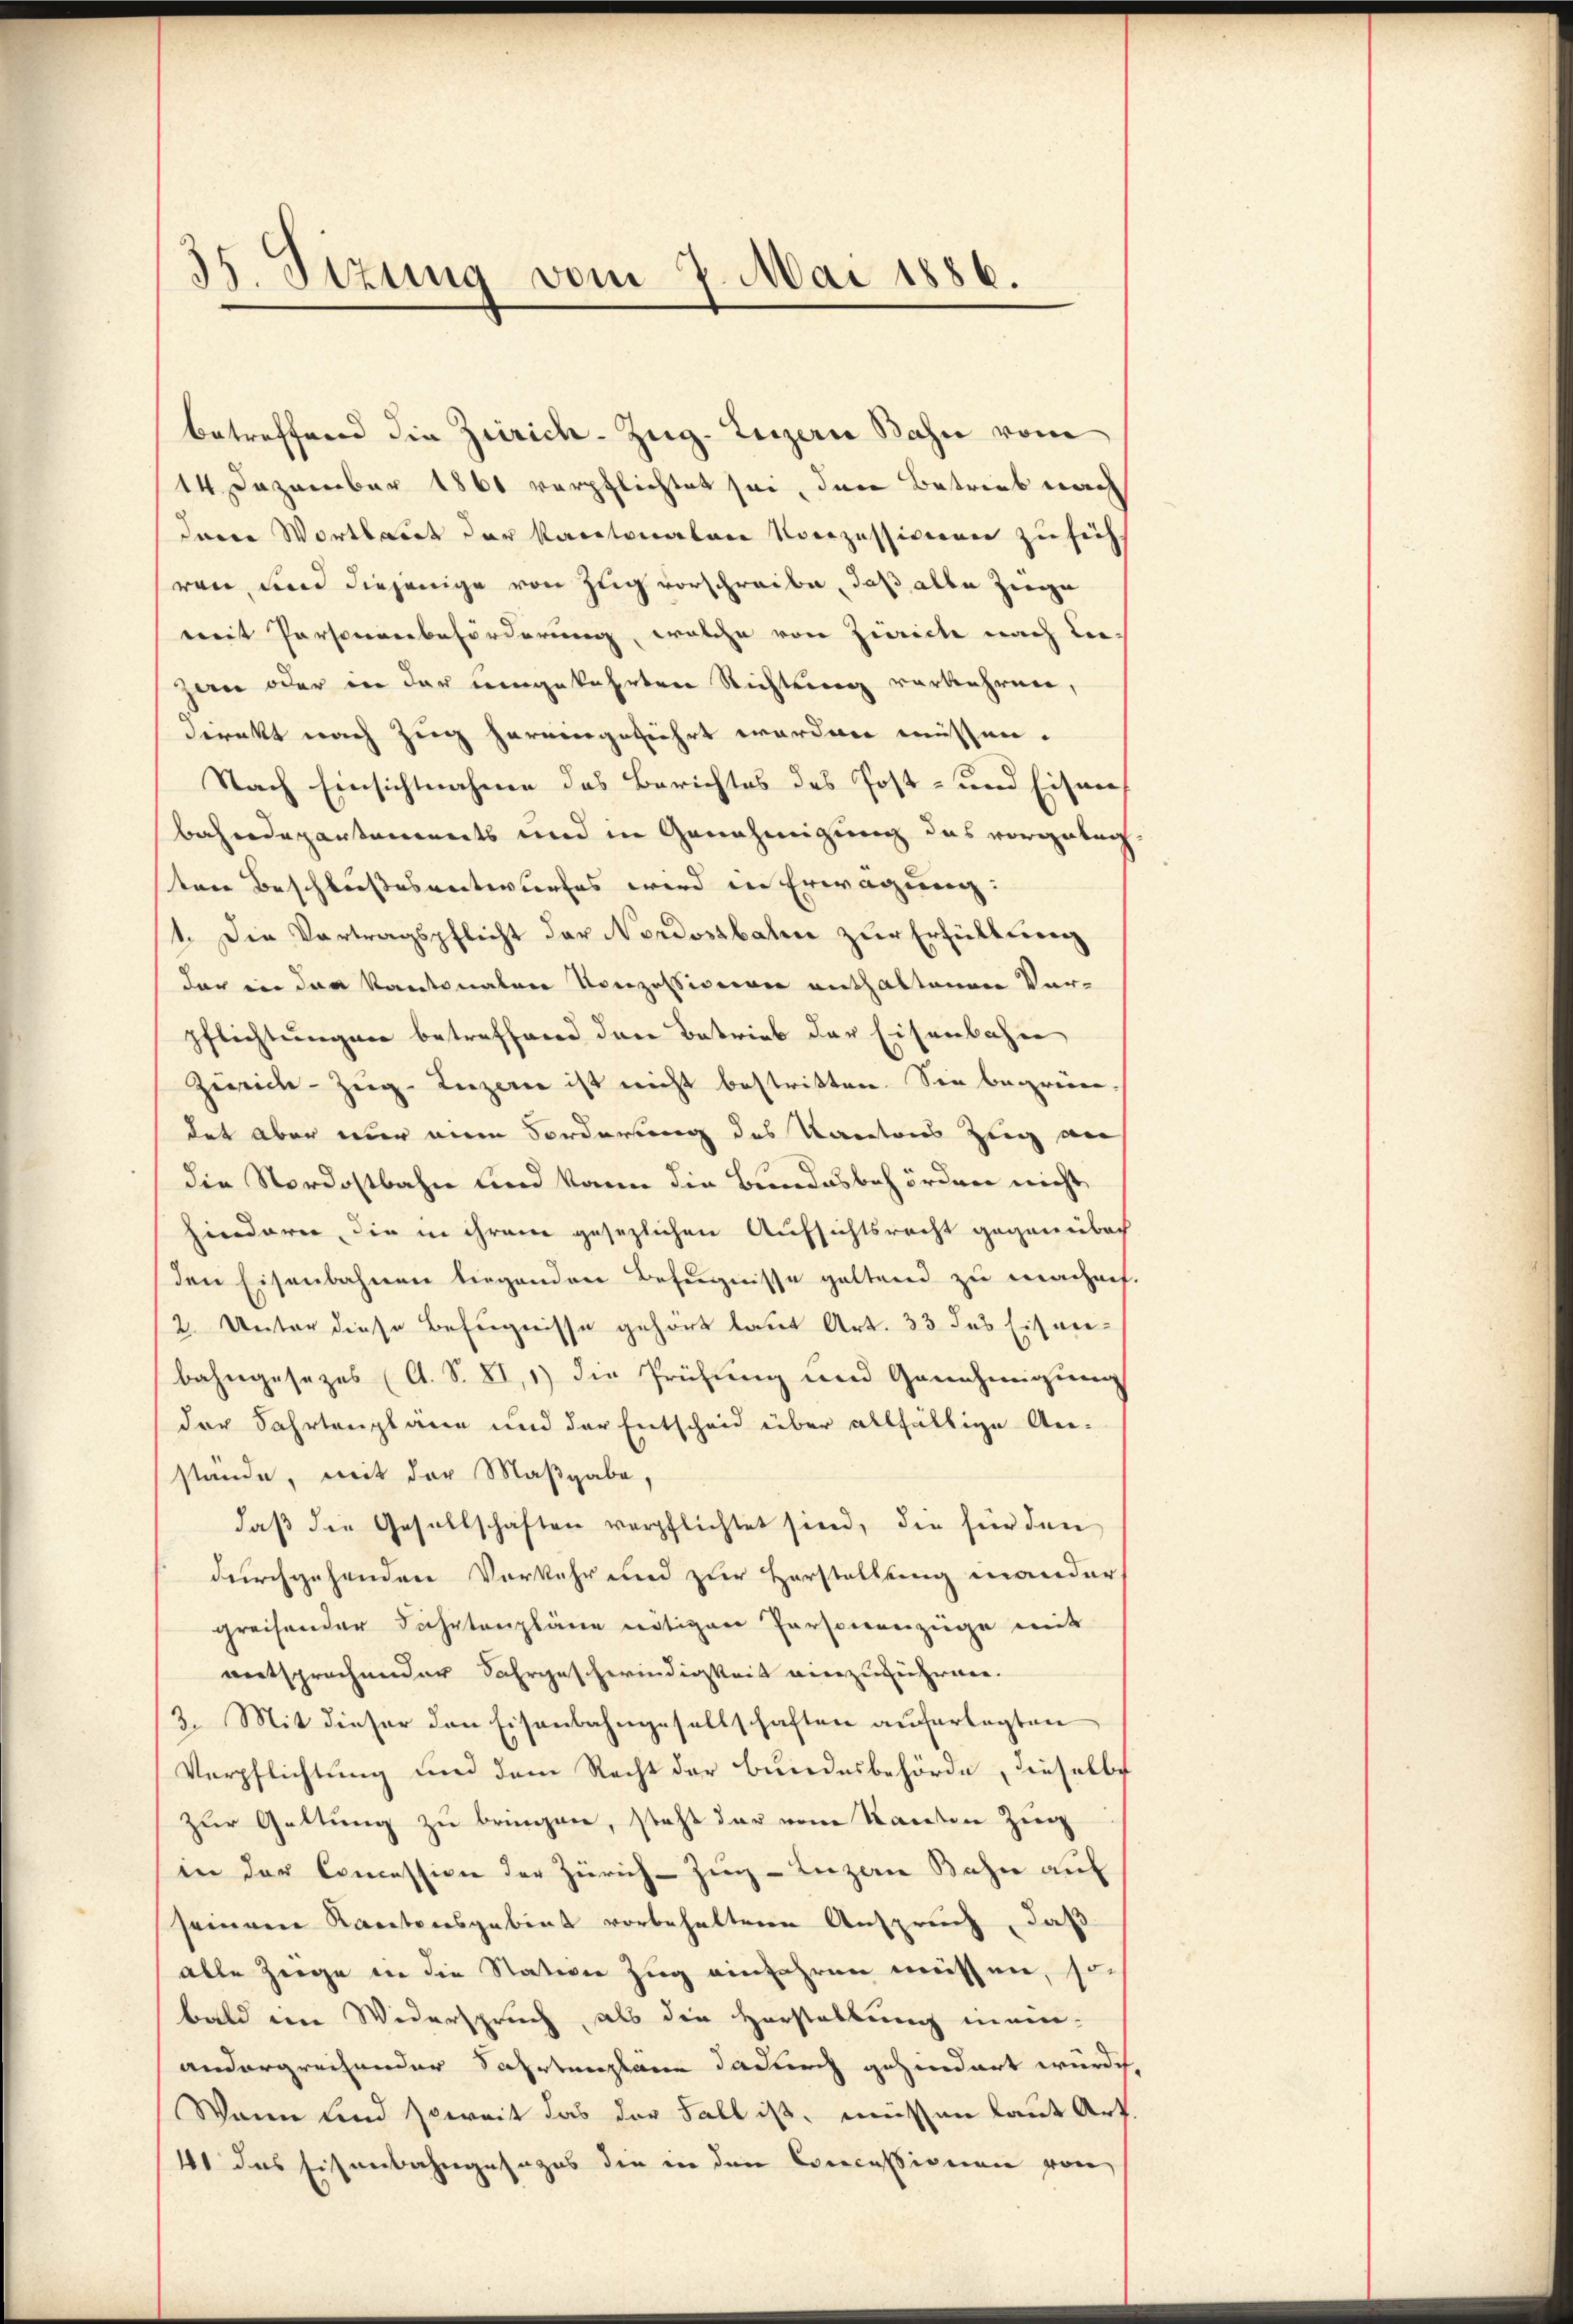
35. Sizung vom 7. Mai 1886.

betreffend die Zürich–Zug–Luzern Bahn vom
14 Dezember 1861 verpflichtet sei, den Betrieb nach
dene Wortlaut der Kantonalen Konzessionen zu söch-
ren, und diejenige von Zug vorschreibe, daß alle Zinge
mit Personenbeförderung, welche von Zürich nach Leizan oder in der eingekehrten Richtung verkehren,
direkt nach Zug hervorgeführt worden müssen.
Nach Einsichtnahme des Berichtes des Post- und Eisen
bahndepartements und in Genehmigung das vorgeleg
ten Beschlussesentwurfes wird in Erwägung:
1. Die Vortragspflicht der Nordostbahn zur Erfüllten
der in der Kantonalen Konzessionen enthaltenen Vor-
pflichtungen betreffend den Betrieb der Eisenbahne
Zweid- Zug–Luzern ist nicht bestritten. Sie begrün-
det aber nur eine Forderung des Kantons Zeig an
die Nordostbahn und kann die Bundesbehörden nicht
hinderer, die in ihrem gesezlichen Aufsichtsrecht gegeneibach
den Eisenbahnen liegenden Befugnisse geltend zu machach
2. Unter diese Befugnisse gehört laßet Art. 33 des Eisne
bahngesezes (A. S. XI,1) die Prüfung und Genehmigung
der Fahrtenpläne und der Entscheid über allfällige An-
stände, mit der Maßgabe,
daß die Gesellschaften verpflichtet sind, die für den
durchgehenden Vorkehr und zur Herstellung mander,
greifender Fahrtenpläne nötigen Personenzüge mit
entsprochender Sahrgeschwindigkeit einzuzuware.
3. Mit dieser den Eisenbahngesellschaften auferlegten
Verpflichtung und dem Recht der Bundesbehörde, dieselbe
zur Gattung zu bringen, steht der vom Kanton Zug
in der Concession der Zürich–Zug–Luzern Bahn auf
seinem Kantonsgebiet vorbehaltene Anspruch, daß
alle Zeige in die Station Zug einfahren müssen, so
bald ein Widerspruch, als die Herstellung inein-
andergreifender Sahrtenplane dadurch gehindert wurde,
Wann und soweit das der Fall ist, müßen laut Art.
11 das Eisenbahngesages die in den Concessionen von